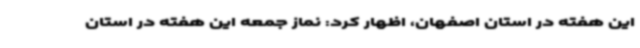
این هفته در استان اصفهان، اظهار کرد: نماز جمعه این هفته در استان